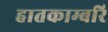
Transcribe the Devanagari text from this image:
हातकाम्बरि